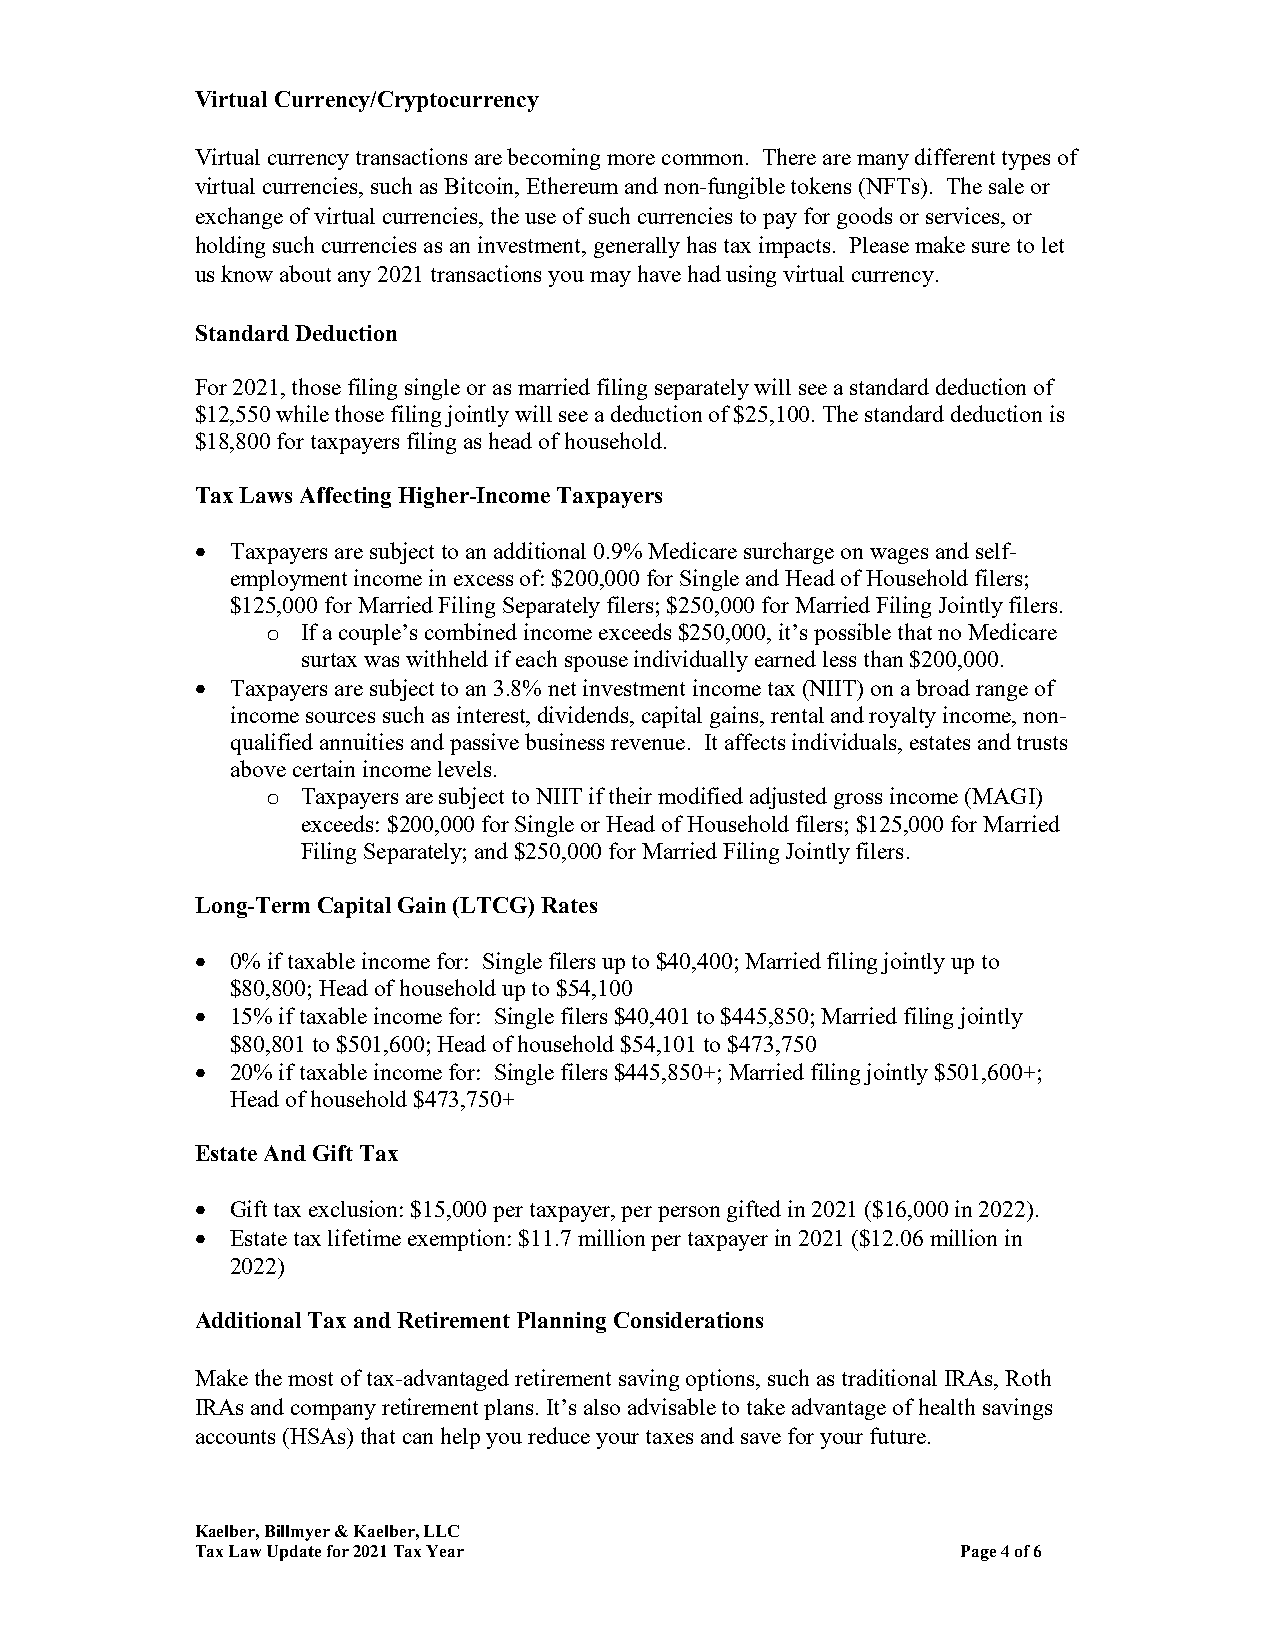
Virtual Currency/Cryptocurrency
 Virtual currency transactions are becoming more common. There are many different types of
 virtual currencies, such as Bitcoin, Ethereum and non-fungible tokens (NFTs). The sale or
 exchange of virtual currencies, the use of such currencies to pay for goods or services, or
 holding such currencies as an investment, generally has tax impacts. Please make sure to let
 us know about any 2021 transactions you may have had using virtual currency.
 Standard Deduction
 For 2021, those filing single or as married filing separately will see a standard deduction of
 $12,550 while those filing jointly will see a deduction of $25,100. The standard deduction is
 $18,800 for taxpayers filing as head of household.
 Tax Laws Affecting Higher-Income Taxpayers
  Taxpayers are subject to an additional 0.9% Medicare surcharge on wages and self-
 employment income in excess of: $200,000 for Single and Head of Household filers;
 $125,000 for Married Filing Separately filers; $250,000 for Married Filing Jointly filers.
 o If a couple’s combined income exceeds $250,000, it’s possible that no Medicare
 surtax was withheld if each spouse individually earned less than $200,000.
  Taxpayers are subject to an 3.8% net investment income tax (NIIT) on a broad range of
 income sources such as interest, dividends, capital gains, rental and royalty income, non-
 qualified annuities and passive business revenue. It affects individuals, estates and trusts
 above certain income levels.
 o Taxpayers are subject to NIIT if their modified adjusted gross income (MAGI)
 exceeds: $200,000 for Single or Head of Household filers; $125,000 for Married
 Filing Separately; and $250,000 for Married Filing Jointly filers.
 Long-Term Capital Gain (LTCG) Rates
  0% if taxable income for: Single filers up to $40,400; Married filing jointly up to
 $80,800; Head of household up to $54,100
  15% if taxable income for: Single filers $40,401 to $445,850; Married filing jointly
 $80,801 to $501,600; Head of household $54,101 to $473,750
  20% if taxable income for: Single filers $445,850+; Married filing jointly $501,600+;
 Head of household $473,750+
 Estate And Gift Tax
  Gift tax exclusion: $15,000 per taxpayer, per person gifted in 2021 ($16,000 in 2022).
  Estate tax lifetime exemption: $11.7 million per taxpayer in 2021 ($12.06 million in
 2022)
 Additional Tax and Retirement Planning Considerations
 Make the most of tax-advantaged retirement saving options, such as traditional IRAs, Roth
 IRAs and company retirement plans. It’s also advisable to take advantage of health savings
 accounts (HSAs) that can help you reduce your taxes and save for your future.
 Kaelber, Billmyer & Kaelber, LLC
 Tax Law Update for 2021 Tax Year                   Page 4 of 6